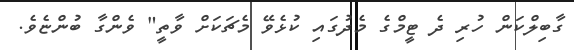
ގާބިލްކަން ހުރި ދެ ޓީމްގެ މެދުގައި ކުޅެވޭ މެޗަކަށް ވާތީ" ވެންގާ ބުންޏެވެ.